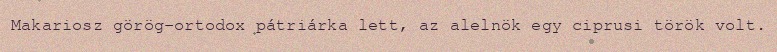
Makariosz görög-ortodox pátriárka lett, az alelnök egy ciprusi török volt.